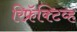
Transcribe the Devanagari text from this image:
रिफ्रॅक्‍टिव्ह